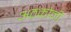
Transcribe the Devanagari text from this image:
अठकोनी